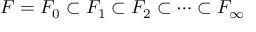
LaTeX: F = F _ { 0 } \subset F _ { 1 } \subset F _ { 2 } \subset \cdots \subset F _ { \infty }